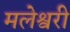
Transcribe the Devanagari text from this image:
मलेश्वरी